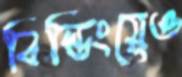
বিল্ডিংয়েও